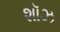
શૉઝ